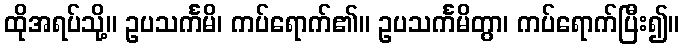
ထိုအရပ်သို့။ ဥပသင်္ကမိ၊ ကပ်ရောက်၏။ ဥပသင်္ကမိတွာ၊ ကပ်ရောက်ပြီး၍။